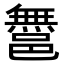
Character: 𨝬